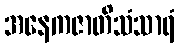
အနေကဇာတိသံသာရံ